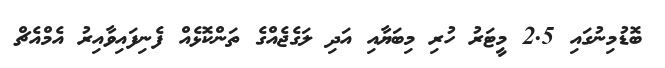
ބޮޑުމިނުގައި 2.5 މީޓަރު ހުރި މިބަޔާއި އަދި ލަގެޖެއްގެ ތަންކޮޅެއް ފެނިފައިވާއިރު އެމްއެޗް